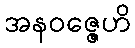
အနဝဇ္ဇေဟိ